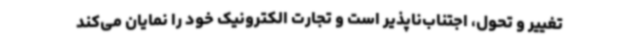
تغییر و تحول، اجتناب‌ناپذیر است و تجارت الکترونیک خود را نمایان می‌کند